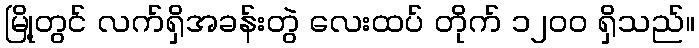
မြို့တွင် လက်ရှိအခန်းတွဲ လေးထပ် တိုက် ၁၂၀၀ ရှိသည်။